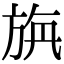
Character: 𣃯